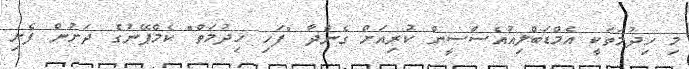
މި ހިދުމަތަކީ އެމްޑަބްލިއުއެސްސީން ކުރިއަށް ގެންދާ "ފަހި ހިދުމަތް" ކެމްޕޭނުގެ ދަށުން ފެށި